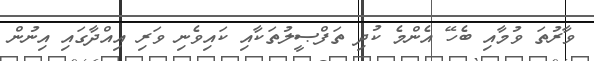
ވާރުތަ ވުމާއި ބެހޭ އެންމެ ކުދި ތަފްޞީލުތަކާއި ކައިވެނި ވަރި އިއްދާގައި އިނުން